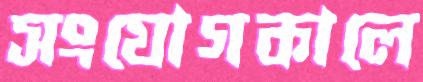
সংযোগকালে